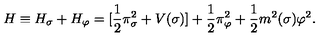
H \equiv H _ { \sigma } + H _ { \varphi } = [ \frac { 1 } { 2 } \pi _ { \sigma } ^ { 2 } + V ( \sigma ) ] + \frac { 1 } { 2 } \pi _ { \varphi } ^ { 2 } + \frac { 1 } { 2 } m ^ { 2 } ( \sigma ) \varphi ^ { 2 } .